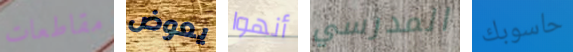
مقاطعات يعوض أنهوا المدرسي حاسوبك